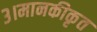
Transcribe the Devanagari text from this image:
३।मानकीकृत